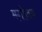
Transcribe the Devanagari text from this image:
मगोजय